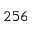
2 5 6